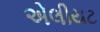
એલીયટ